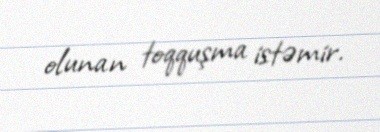
olunan toqquşma istəmir.